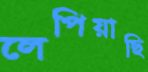
লেপিয়াছি